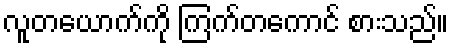
လူတယောက်ကို ကြက်တကောင် စားသည်။